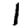
Digit: 1